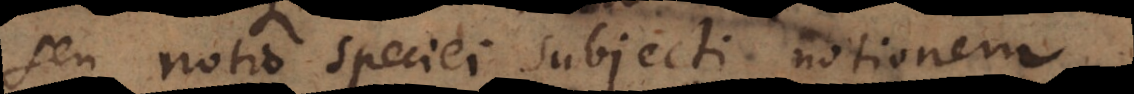
seu notio speciei subjecti notionem